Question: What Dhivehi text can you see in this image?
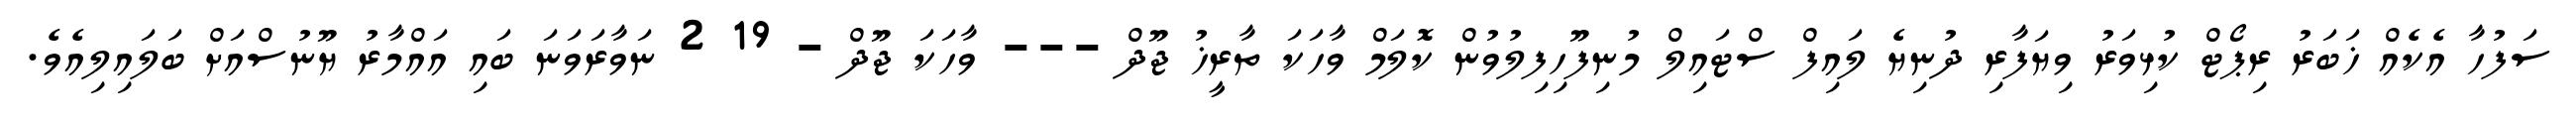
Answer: ސަފުހާ އެކެއް ޚަބަރު ރިޕޯޓް ކުޅިވަރު ވިޔަފާރި ދުނިޔެ ލައިފް ސްޓައިލް މުނިފޫހިފިލުވުން ކޮލަމް ވާހަކަ ތާރީޚު ޖޫދް --- ވާހަކަ ޖޫދް - 19 2 ނަވާރަވަނަ ބައި އައްމާރު ޔޫނުސްއަށް ބަލައިލިއެވެ.